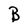
Character: B